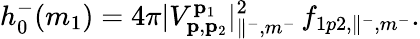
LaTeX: h_{0}^{-}(m_{1})=4\pi|V_{\mathbf{p},\mathbf{p}_{2}}^{\mathbf{p}_{1}}|_{\parallel^{-},m^{-}}^{2}\, f_{1p2,\parallel^{-},m^{-}}.